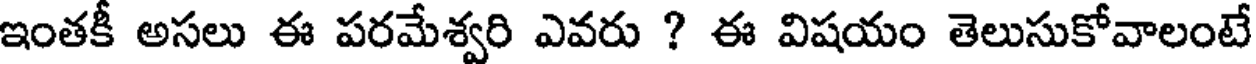
ఇంతకీ అసలు ఈ పరమేశ్వరి ఎవరు ? ఈ విషయం తెలుసుకోవాలంటే